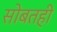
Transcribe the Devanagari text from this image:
सोबतही